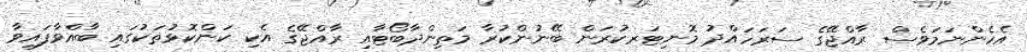
އެހެންނަމަވެސް ރާއްޖޭގެ ސަރަހައްދު މޮނިޓަރކުރަން ބޭނުންކުރާ މަތިންދާބޯޓާއި ރާއްޖޭގެ އެކި ކަންކޮޅުތަކުގައި ބާއްވާފައިވާ